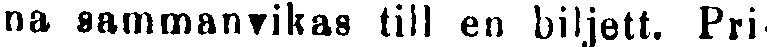
na sammanvikas till en biljett. Pri-